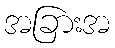
အခြားအ